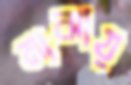
মাঝায়